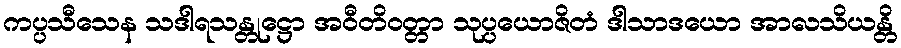
ကပ္ပသီသေန သဒါရသန္တုဋ္ဌော အဝီတိဝတ္တာ သုပ္ပယောဇိတံ ဒါသာဒယော အာလသိယန္တိ